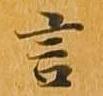
言